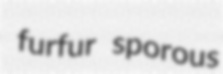
furfur sporous